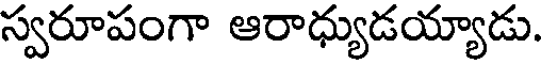
స్వరూపంగా ఆరాధ్యుడయ్యాడు.